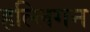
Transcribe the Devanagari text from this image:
हल्लिगन